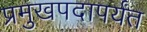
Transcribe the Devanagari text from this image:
प्रमुखपदापर्यंत